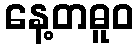
နေ့တဓူဝ